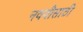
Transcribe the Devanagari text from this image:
नववीसाठी